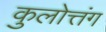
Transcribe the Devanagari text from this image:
कुलोत्तंग